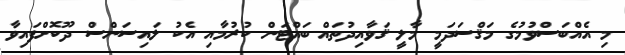
މި އެއްބަސްވުމުގެ މަޤްސަދަމީ މާލީ ޤަވާއިދުތައް ބައްޓަން ކުރުމާއި އެކު ލައިސަންސް ދޫކޮށްފައިވާ